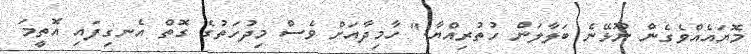
މޮޔައެއްވެގެން ނޫޅޭނެ ބަލާލަން ހުތުރިއްޔާ." ހާމިދާއަށް ވެސް މިދުހަތުގެ ގޮތް އެނގިފައި އޮތީމަ